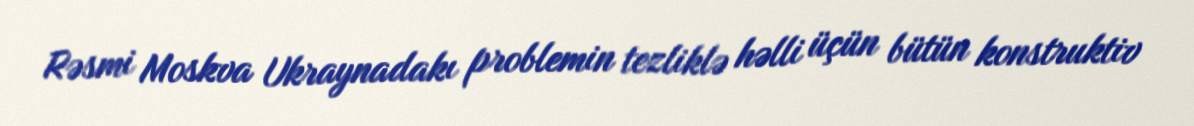
Rəsmi Moskva Ukraynadakı problemin tezliklə həlli üçün bütün konstruktiv